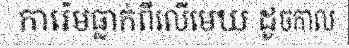
ការ៉េមធ្លាក់ពីលើមេឃ ដូចកាល